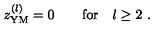
z _ { \mathrm { Y M } } ^ { ( l ) } = 0 \qquad \mathrm { f o r } \quad l \geq 2 \ .